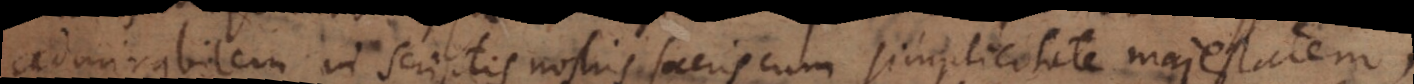
admirabilem in scriptis nostris sacris cum simplicitate majestatem,